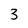
Character: 3